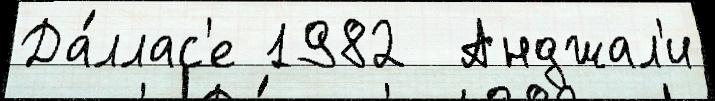
Да́ллас'е 1982  Анджал'и